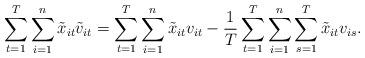
LaTeX: \begin{align*}\begin{aligned}\sum_{t=1}^{T}\sum_{i=1}^{n}\tilde{x}_{it}\tilde{v}_{it}=\sum_{t=1}^{T}\sum_{i=1}^{n}\tilde{x}_{it}v_{it}-\frac{1}{T}\sum_{t=1}^{T}\sum_{i=1}^{n}\sum_{s=1}^{T}\tilde{x}_{it}{v}_{is}.\\\end{aligned}\end{align*}